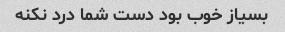
بسیاز خوب بود دست شما درد نکنه